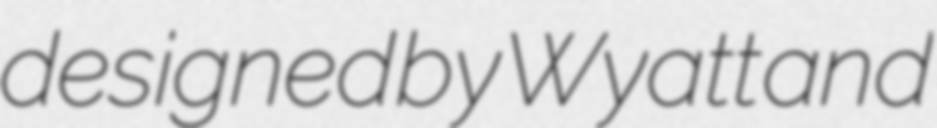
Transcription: designed by Wyatt and